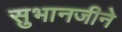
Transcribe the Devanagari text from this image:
सुभानजीने